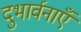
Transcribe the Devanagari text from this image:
दुभार्वनाएँ